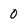
Character: 0